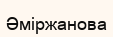
Әміржанова